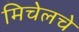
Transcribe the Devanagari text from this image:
मिचेलचे